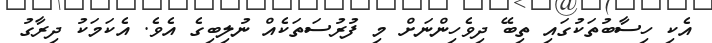
އެކި ހިސާބުތަކުގައި ތިބޭ ދިވެހިންނަށް މި ފުރުސަތަކެއް ނުލިބިގެ އެވެ. އެކަމަކު ދިރާގު